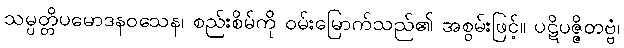
သမ္ပတ္တိပမောဒနဝသေန၊ စည်းစိမ်ကို ဝမ်းမြောက်သည်၏ အစွမ်းဖြင့်။ ပဋိပဇ္ဇိတဗ္ဗံ၊